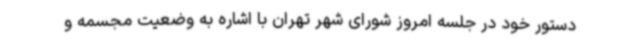
دستور خود در جلسه امروز شورای شهر تهران با اشاره به وضعیت مجسمه و